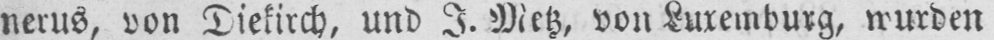
nerus, von Diekirch, und I. Metz, von Luxemburg, wurden